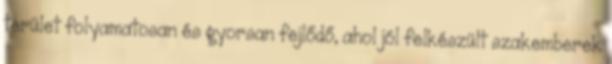
terület folyamatosan és gyorsan fejlődő, ahol jól felkészült szakemberek